Annual report on the lock hospitals of the Madras Presidency
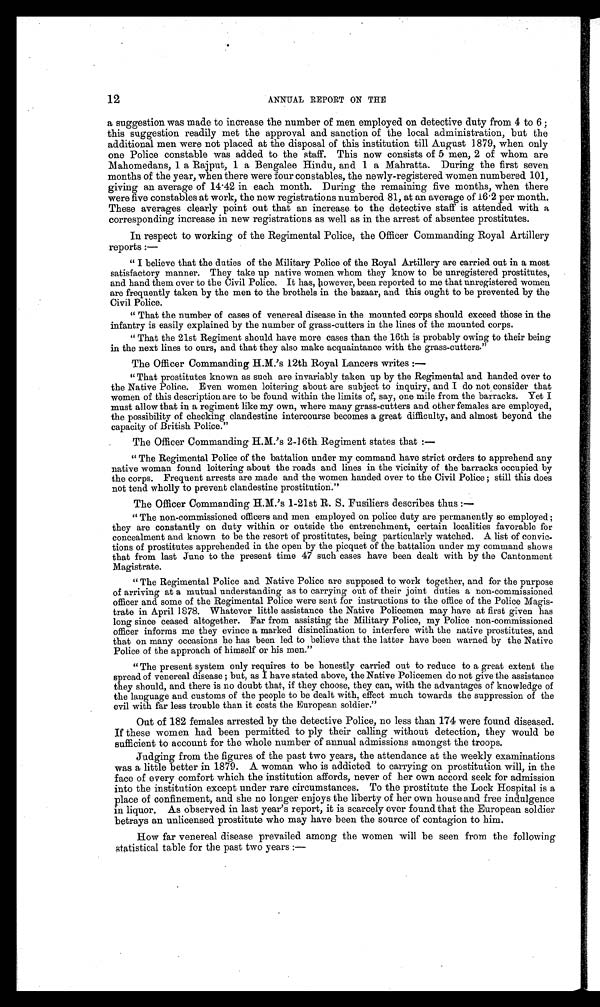
12
ANNUAL REPORT ON THE
a suggestion was made to increase the number of men employed on detective duty from 4 to 6;
this suggestion readily met the approval and sanction of the local administration, but the
additional men were not placed at the disposal of this institution till August 1879, when only
one Police constable was added to the staff. This now consists of 5 men, 2 of whom are
Mahomedans, 1 a Rajput, 1 a Bengalee Hindu, and 1 a Mahratta. During the first seven
months of the year, when there were four constables, the newly-registered women numbered 101,
giving an average of 14 .42 in each month. During the remaining five months, when there
were five constables at work, the new registrations numbered 81, at an average of 16 . 2 per month.
These averages clearly point out that an increase to the detective staff is attended with a
corresponding increase in new registrations as well as in the arrest of absentee prostitutes.
In respect to working of the Regimental Police, the Officer Commanding Royal Artillery
reports:-
"I believe that the duties of the Military Police of the Royal Artillery are carried out in a most
satisfactory manner. They take up native women whom they know to be unregistered prostitutes,
and hand them over to the Civil Police. It has, however, been reported to me that unregistered women
are frequently taken by the men to the brothels in the bazaar, and this ought to be prevented by the
Civil Police.
"That the number of cases of venereal disease in the mounted corps should exceed those in the
infantry is easily explained by the number of grass-cutters in the lines of the mounted corps.
"That the 21st Regiment should have more cases than the 16th is probably owing to their being
in the next lines to ours, and that they also make acquaintance with the grass-cutters."
The Officer Commanding H.M.'s 12th Royal Lancers writes :-
"That prostitutes known as such are invariably taken up by the Regimental and handed over to
the Native Police. Even women loitering about are subject to inquiry, and I do not , consider that
women of this description are to be found within the limits of, say, one mile from the barracks. Yet I
must allow that in a regiment like my own, where many grass-cutters and other females are employed,
the possibility of checking clandestine intercourse becomes a great difficulty, and almost beyond the
capacity of British Police."
The Officer Commanding H.M.'s 2-16th Regiment states that:-
"The Regimental Police of the battalion under my command have strict orders to apprehend any
native woman found loitering about the roads and lines in the vicinity of the barracks occupied by
the corps. Frequent arrests are made and the women handed over to the Civil Police; still this does
not tend wholly to prevent clandestine prostitution."
The Officer Commanding H.M.'s 1-21st R. S. Fusiliers describes thus:—
"The non-commissioned officers and men employed on police duty are permanently so employed;
they are constantly on duty within or outside the entrenchment, certain localities favorable for
concealment and known to be the resort of prostitutes, being particularly watched. A list of convic-
tions of prostitutes apprehended in the open by the picquet of the battalion under my command shows
that from last June to the present time 47 such cases have been dealt with by the Cantonment
Magistrate.
"The Regimental Police and Native Police are supposed to work together, and for the purpose
of arriving at a mutual understanding as to carrying out of their joint duties a non-commissioned
officer and some of the Regimental Police were sent for instructions to the office of the Police Magis-
trate in April 1878. Whatever little assistance the Native Policemen may have at first given has
long since ceased altogether. Far from assisting the Military Police, my Police non-commissioned
officer informs me they evince a marked disinclination to interfere with the native prostitutes, and
that on many occasions he has been led to believe that the latter have been warned by the Native
Police of the approach of himself or his men."
"The present system only requires to be honestly carried out to reduce to a great extent the
spread of venereal disease; but, as I have stated above, the Native Policemen do not give the assistance
they should, and there is no doubt that, if they choose, they can, with the advantages of knowledge of
the language and customs of the people to be dealt with, effect much towards the suppression of the
evil with far less trouble than it costs the European soldier."
Out of 182 females arrested by the detective Police, no less than 174 were found diseased.
If these women had been permitted to ply their calling without detection, they would be
sufficient to account for the whole number of annual admissions amongst the troops.
Judging from the figures of the past two years, the attendance at the weekly examinations
was a little better in 1879. A woman who is addicted to carrying on prostitution will, in the
face of every comfort which the institution affords, never of her own accord seek for admission
into the institution except under rare circumstances. To the prostitute the Lock Hospital is a
place of confinement, and she no longer enjoys the liberty of her own house and free indulgence
in liquor. As observed in last year's report, it is scarcely ever found that the European soldier
betrays an unlicensed prostitute who may have been the source of contagion to him.
How far venereal disease prevailed among the women will be seen from the following
statistical table for the past two years:—